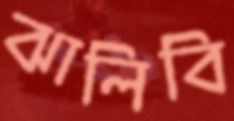
ঝালিবি